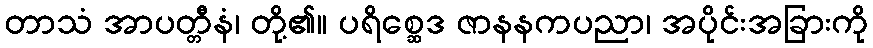
တာသံ အာပတ္တီနံ၊ တို့၏။ ပရိစ္ဆေဒ ဇာနနကပညာ၊ အပိုင်းအခြားကို